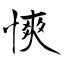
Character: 慡